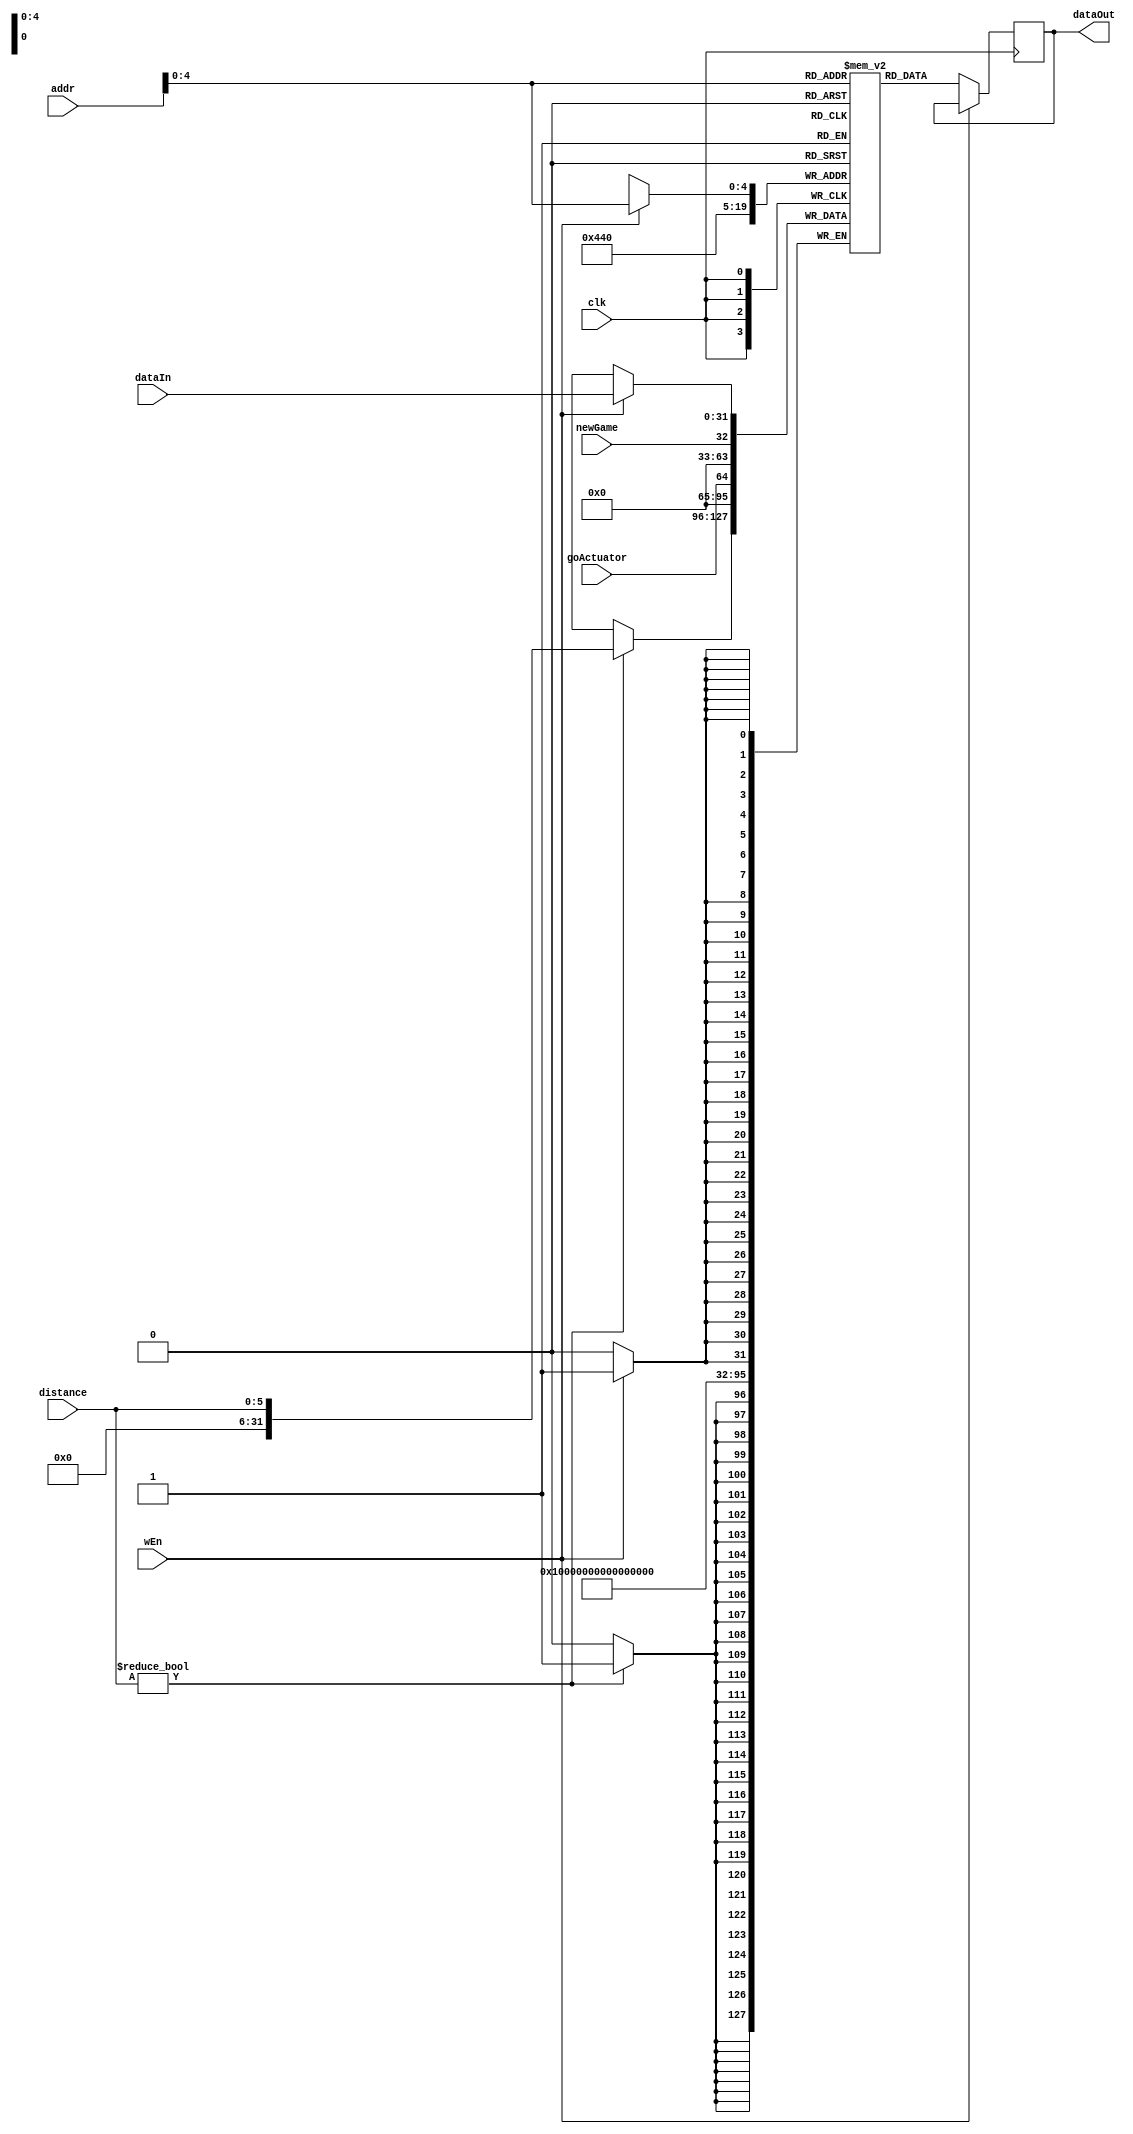
`timescale 1ns / 1ps
module RAM #( parameter DATA_WIDTH = 32, ADDRESS_WIDTH = 12, DEPTH = 20) (
    input wire                     clk,
    input wire                     wEn,
    input wire [ADDRESS_WIDTH-1:0] addr,
    input wire [DATA_WIDTH-1:0]    dataIn,
    output reg [DATA_WIDTH-1:0]    dataOut = 0,
    input wire                     newGame,
    input wire [5:0]               distance,
    input wire                     goActuator);
    
    reg[DATA_WIDTH-1:0] MemoryArray[0:DEPTH-1];
    
    integer i;
    initial begin
        for (i = 0; i < DEPTH; i = i + 1) begin
            MemoryArray[i] <= 0;
        end
        // if(MEMFILE > 0) begin
        //     $readmemh(MEMFILE, MemoryArray);
        // end
    end
    
    always @(posedge clk) begin
        if(wEn) begin
            MemoryArray[addr] <= dataIn;
        end else begin
            dataOut <= MemoryArray[addr];
        end
        MemoryArray[0] <= {31'b0, newGame};
        MemoryArray[2] <= {31'b0, goActuator};
        if (distance != 0) begin
            MemoryArray[1] <= {26'b0, distance};
        end
    end
endmodule